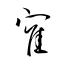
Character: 寉